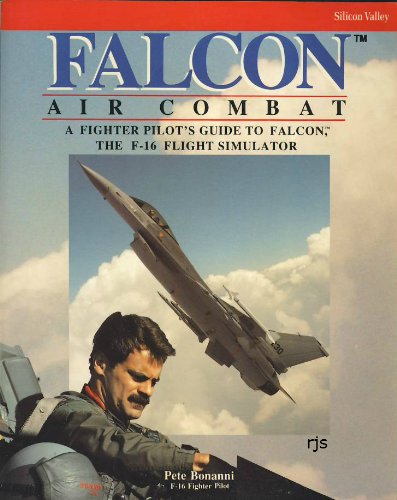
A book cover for Falcon Air Combat; Pete Bonnani; Science Fiction & Fantasy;